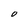
Character: O